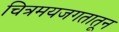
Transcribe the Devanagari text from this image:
चित्रमयजगतातून